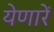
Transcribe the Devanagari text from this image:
येणारें